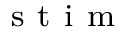
_ { \mathrm { ~ s ~ t ~ i ~ m ~ } }